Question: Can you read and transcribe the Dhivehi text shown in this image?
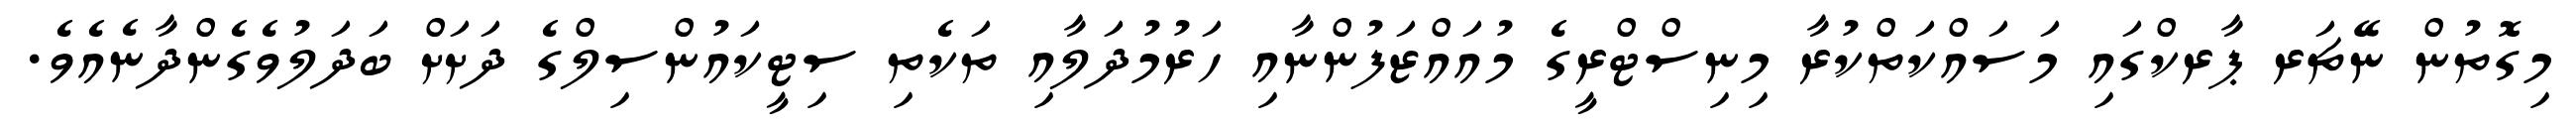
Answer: މިގޮތުން ނޭޗަރ ޕާރކްގައި މަސައްކަތްކުރާ މިނިސްޓްރީގެ މުއައްޒަފުންނާއި ހަރުމުދަލާއި ތަކެތި ސިޓީކައުންސިލްގެ ދަށަށް ބަދަލުވެގެންދާނެއެވެ.